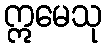
ဣမေသု